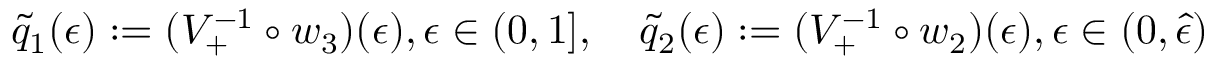
\begin{array} { r } { \tilde { q } _ { 1 } ( \epsilon ) : = ( V _ { + } ^ { - 1 } \circ w _ { 3 } ) ( \epsilon ) , \epsilon \in ( 0 , 1 ] , \quad \tilde { q } _ { 2 } ( \epsilon ) : = ( V _ { + } ^ { - 1 } \circ w _ { 2 } ) ( \epsilon ) , \epsilon \in ( 0 , \hat { \epsilon } ) } \end{array}